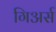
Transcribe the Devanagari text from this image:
गिअर्स